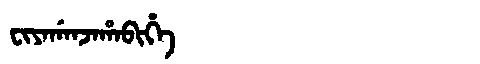
Manchu: ᠸᡳᠶᠠᡤᠠᠨᠵᠠᡥᠠᠪᡳᡥᡝ
Romanization: FIYAGANJAHABIHE